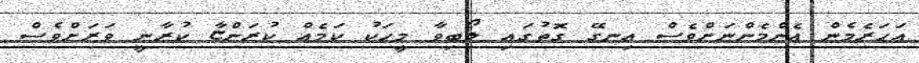
އަހަރެމެން އެންމެންނަށްވެސް އިނގޭ ގޮތުގައި ލޯބިވާ މީހަކު ކަމެއް ކުރަންޏާ ކުރާނީ ވަރަށްވެސް